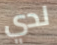
لدي